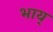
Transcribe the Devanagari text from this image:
भाय्